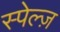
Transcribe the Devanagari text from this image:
स्पेल्ज़